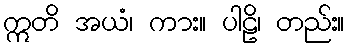
ဣတိ အယံ၊ ကား။ ပါဠိ၊ တည်း။